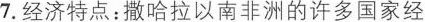
7. 经济特点：撒哈拉以南非洲的许多国家经